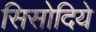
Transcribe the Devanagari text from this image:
सिसोदिये